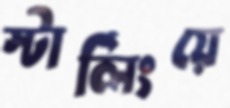
স্টার্লিংয়ে